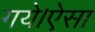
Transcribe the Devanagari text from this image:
गये।ऐसा